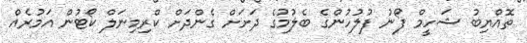
ތޮއްޔިބު ޝަހީމް ފޯނު ފުލުހުންގެ ބެލުމުގެ ދަށަށް ގެންދަށް ކްރިމިނަލް ކޯޓުން އަމުރެއް